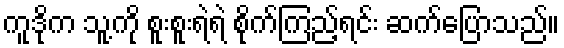
ကူဒိုက သူ့ကို စူးစူးရဲရဲ စိုက်ကြည့်ရင်း ဆက်ပြောသည်။